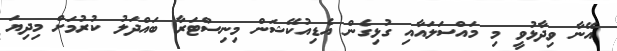
އޭނާ ވިދާޅުވީ މި މައްސަލައާއި ގުޅިގެން އެޑިއުކޭޝަން މިނިސްޓަރާ ބައްދަލު ކުރުމަށް މިދިޔަ